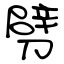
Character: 劈